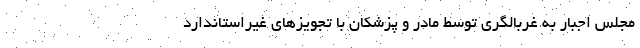
مجلس اجبار به غربالگری توسط مادر و پزشکان با تجویزهای غیراستاندارد